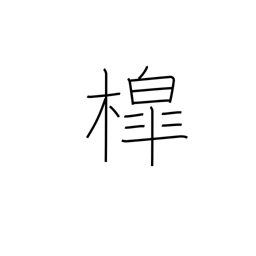
Meaning: well sweep